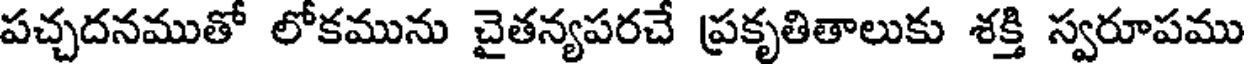
పచ్చదనముతో లోకమును చైతన్యపరచే ప్రకృతితాలుకు శక్తి స్వరూపము